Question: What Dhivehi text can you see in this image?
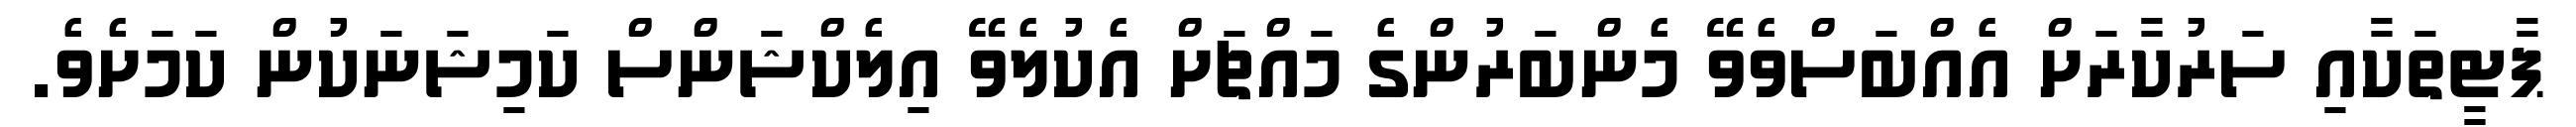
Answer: ޕާޓީތަކާއި ސަރުކާރަށް އެއްބަސްވެވޭ މެންބަރުންގެ މައްޗަށް އެކުލެވޭ އިލެކްޝަންސް ކަމިޝަނަކުން ކަމަށެވެ.